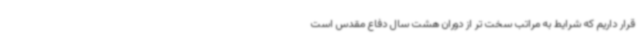
قرار داریم که شرایط به مراتب سخت تر از دوران هشت سال دفاع مقدس است